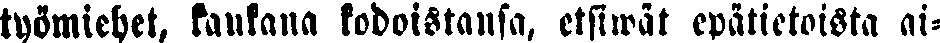
työmiehet, kaukana kodoistansa, etsiwät epätietoista ai-